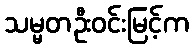
သမ္မတဦးဝင်းမြင့်က